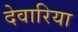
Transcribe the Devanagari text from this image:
देवारिया